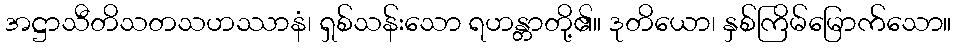
အဋ္ဌာသီတိသတသဟဿာနံ၊ ရှစ်သန်းသော ရဟန္တာတို့၏။ ဒုတိယော၊ နှစ်ကြိမ်မြောက်သော။